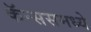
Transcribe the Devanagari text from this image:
कॅन्ससमध्ये